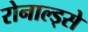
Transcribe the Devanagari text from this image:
रोनाल्ड्से